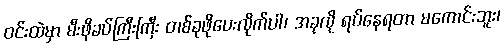
ဝင်းထဲမှာ မီးဖိုခပ်ကြီးကြီး တစ်ခုဖိုပေးလိုက်ပါ၊ အခုလို ရပ်နေရတာ မကောင်းဘူး၊